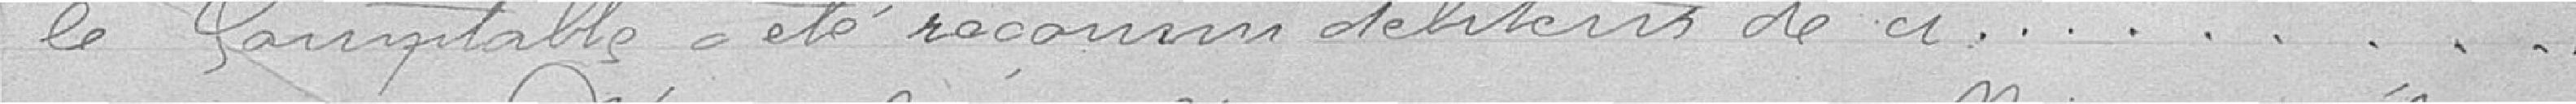
le comptable a été reconnu débiteur de ci......